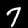
Digit: 7